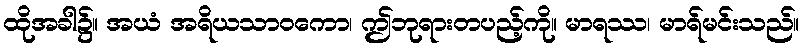
ထိုအခါ၌။ အယံ အရိယသာဝကော၊ ဤဘုရားတပည့်ကို။ မာရဿ၊ မာရ်မင်းသည်။